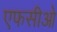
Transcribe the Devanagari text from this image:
एफसीओ